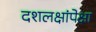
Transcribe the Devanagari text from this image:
दशलक्षांपेक्षा